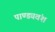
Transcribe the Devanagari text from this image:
पाण्ड्यवंश